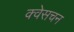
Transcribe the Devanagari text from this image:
क्वेसचन